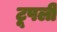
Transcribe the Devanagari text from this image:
टूपली